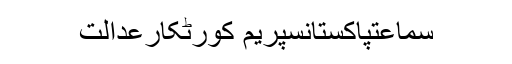
سماعتپاکستانسپریم کورٹکارعدالت